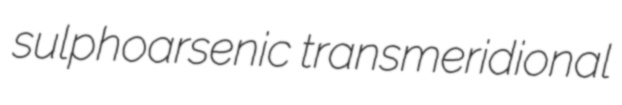
sulphoarsenic transmeridional